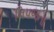
નિપજતા